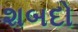
શબદો